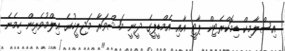
އިސްލާމިކް ޑިމޮކްރެޓިކް ޕާޓީ އާއި އެމްޑީޕީގެ ދީނީ މަޝްވަރާ މަޖިލީހުގެ އިލްމުވެރިން ހިމެނެ